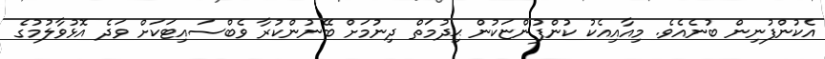
އެކުންފުނިން ބުނެއެވެ. މިއާއިއެކު ކުންފުންޏަކުން ޙިދުމަތް ދިނުމަށް ބޭނުންކުރާ ވެބްސައިޓަކަށް ވަދެ އޮޅުވާލުމުގެ